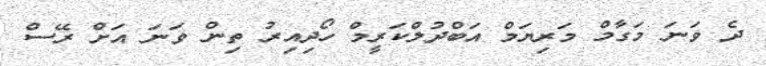
ދެ ވަނަ މަގާމް މަރިޔަމް އަބްދުލްކަރީމް ހޯދިއިރު ތިން ވަނަ އަށް ރޭސް